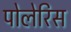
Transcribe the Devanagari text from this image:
पोलेरिस